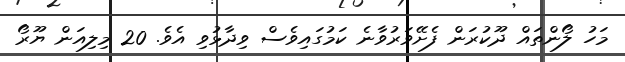
މަހު ލޯންތައް ދޫކުރަން ފެށޭވަރުވާނެ ކަމުގައިވެސް ވިދާޅުވި އެވެ. 20 މިލިއަން ޔޫރޯ